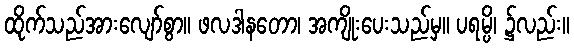
ထိုက်သည်အားလျော်စွာ။ ဖလဒါနတော၊ အကျိုးပေးသည်မှ။ ပရမ္ပိ၊ ၌လည်း။